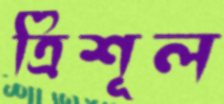
ত্রিশূল